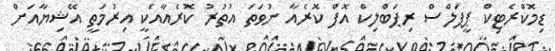
ޑިމޮކްރެޓިކް ޕީޕަލްސް ރިޕަބްލިކް އޮފް ކޮރެއާ ނުވަތަ އުތުރު ކޮރެއާއަކީ އިރުމަތީ އޭޝިޔާއަށް